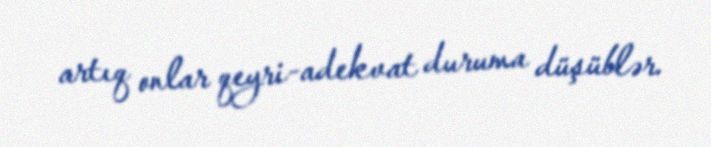
artıq onlar qeyri-adekvat duruma düşüblər.